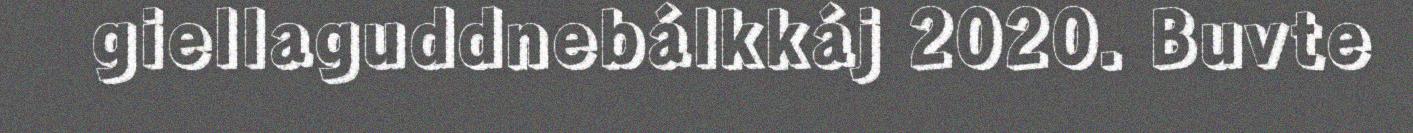
giellaguddnebálkkáj 2020. Buvte